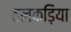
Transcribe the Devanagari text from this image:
हलकड़िया